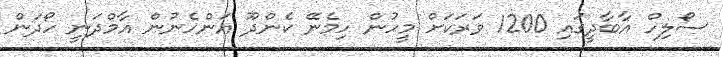
ސޯލިހް އާބާދީގައި 1200 ވަރަކަށް މީހުން ހިމެނޭ ކެންދޫ އަންހެނުން އާމްދަނީ ހޯދަން